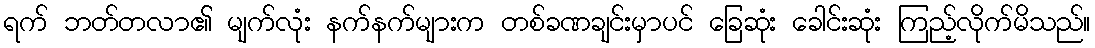
ရက် ဘတ်တလာ၏ မျက်လုံး နက်နက်များက တစ်ခဏချင်းမှာပင် ခြေဆုံး ခေါင်းဆုံး ကြည့်လိုက်မိသည်။